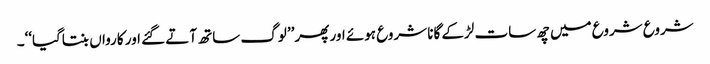
شروع شروع میں چھ سات لڑکے گانا شروع ہوئے اور پھر’’ لوگ ساتھ آتے گئے اور کارواں بنتاگیا‘‘۔